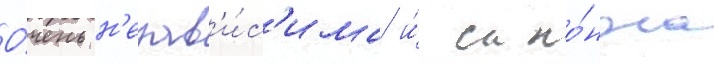
О́чень н'езав'и́с'има и́ скло́нна